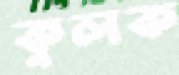
কুলক